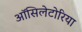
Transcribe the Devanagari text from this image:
ऑसिलेटोरिया